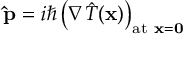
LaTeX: \mathbf { \hat { p } } = i \hbar \left( \nabla { \hat { T } } ( \mathbf { x } ) \right) _ { { \mathrm { a t ~ } } \mathbf { x } = \mathbf { 0 } }